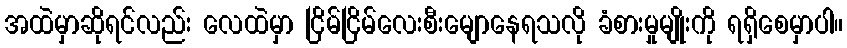
အထဲမှာဆိုရင်လည်း လေထဲမှာ ငြိမ်ငြိမ်လေးစီးမျောနေရသလို ခံစားမှုမျိုးကို ရရှိစေမှာပါ။